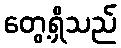
တွေ့ရှိသည်